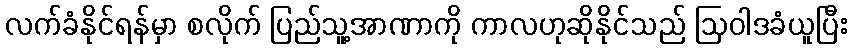
လက်ခံနိုင်ရန်မှာ စလိုက် ပြည်သူ့အာဏာကို ကာလဟုဆိုနိုင်သည် ဩဝါဒခံယူပြီး